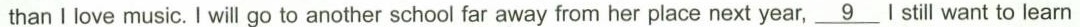
than I love music. I will go to another school far away from her place next year,\underline{9}I still want to learn